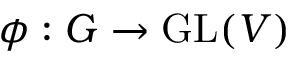
\phi : G \to \operatorname { G L } ( V )